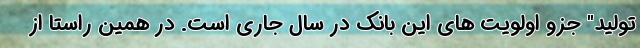
تولید" جزو اولویت های این بانک در سال جاری است. در همین راستا از